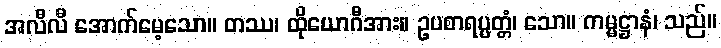
အလီလီ အောက်မေ့သော။ တဿ၊ ထိုယောဂီအား။ ဥပစာရပ္ပတ္တံ၊ သော။ ကမ္မဋ္ဌာနံ၊ သည်။